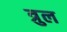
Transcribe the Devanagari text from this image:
त्रुल